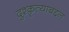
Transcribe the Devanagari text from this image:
दुश्कृत्याबद्दल